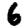
Digit: 6